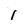
Character: 1